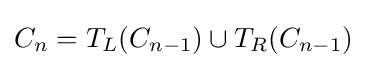
C_{n}=T_{L}(C_{n-1})\cup T_{R}(C_{n-1})